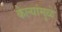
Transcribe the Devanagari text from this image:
केल्यांमुळे